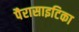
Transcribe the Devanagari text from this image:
पैरासाइटिका